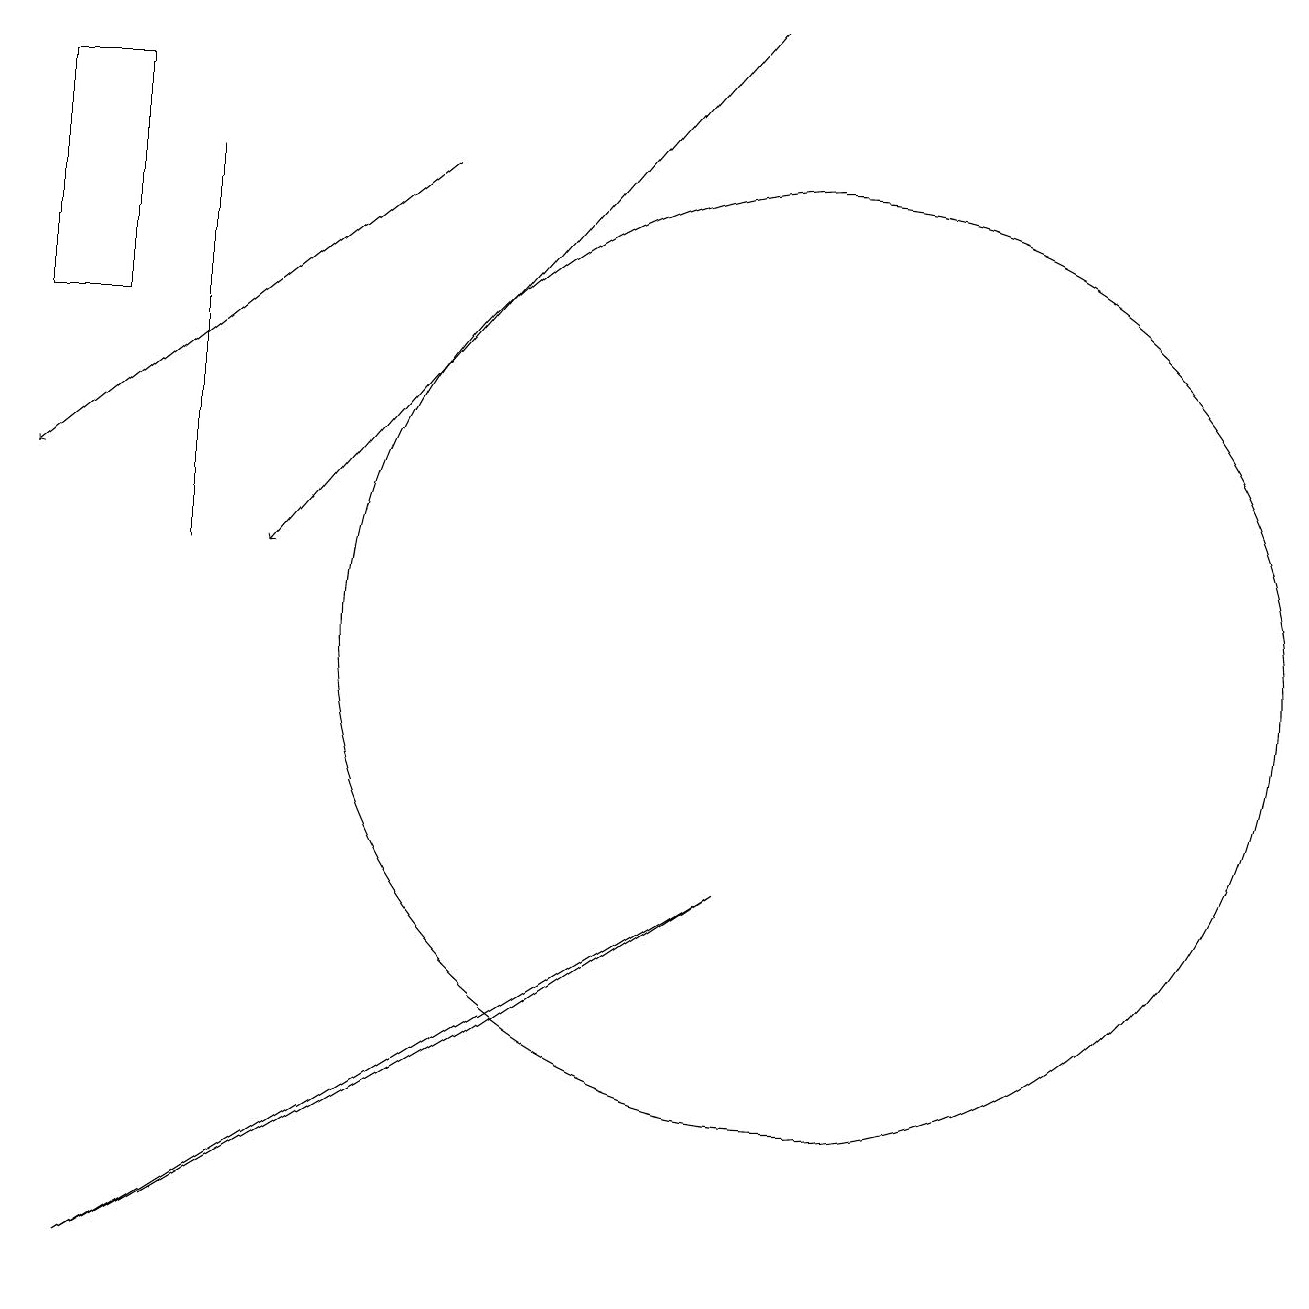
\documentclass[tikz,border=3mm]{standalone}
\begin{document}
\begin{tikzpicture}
\draw[->] (9,19) -- (3,12);
\draw (10,11) circle (6);
\draw (2,12) rectangle (2,17);
\draw (0,15) rectangle (1,18);
\draw (9,8) -- (1,3) -- (6,6) -- cycle;
\draw[->] (5,17) -- (0,13);
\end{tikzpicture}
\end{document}